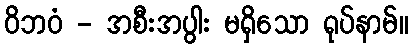
ဝိဘဝံ - အစီးအပွါး မရှိသော ရုပ်နာမ်။